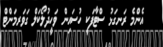
އެންމެ ރަނގަޅު ސްޓާފަކީ ހުސައިން ވަހީދުލޯކަލް ގަވަރމަންޓް